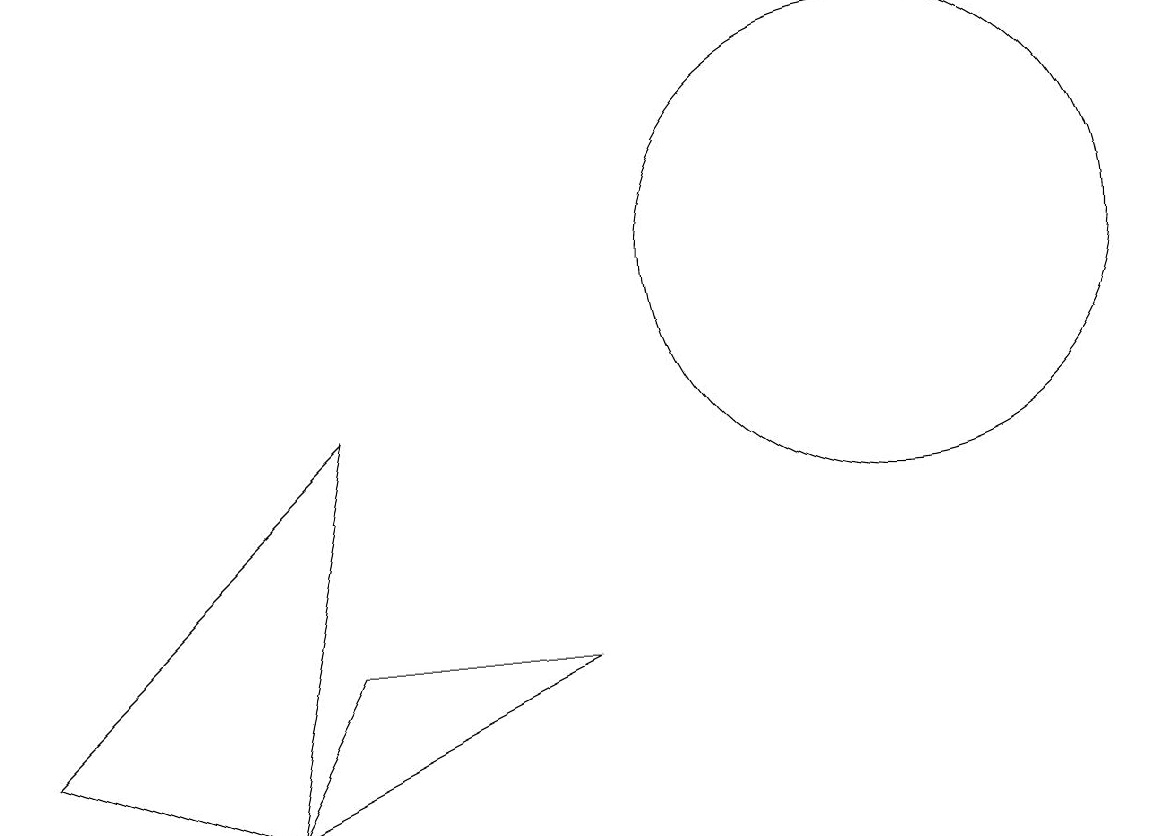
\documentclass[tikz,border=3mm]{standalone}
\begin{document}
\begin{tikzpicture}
\draw (4,6) -- (3,4) -- (7,6) -- cycle;
\draw (3,4) -- (0,5) -- (4,9) -- cycle;
\draw (11,11) circle (3);
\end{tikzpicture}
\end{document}